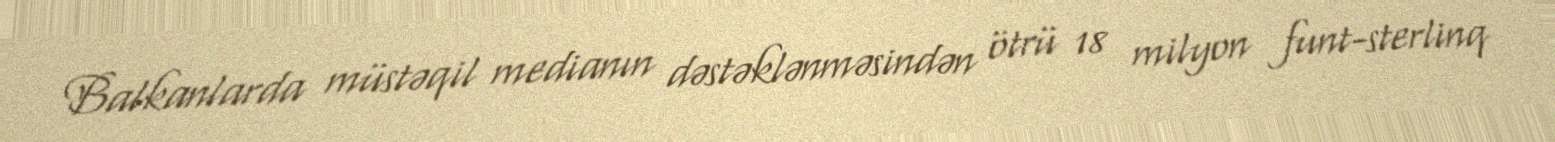
Balkanlarda müstəqil medianın dəstəklənməsindən ötrü 18 milyon funt-sterlinq